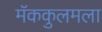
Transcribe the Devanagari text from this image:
मॅककुलमला